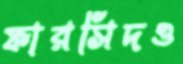
ফারসিদও